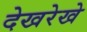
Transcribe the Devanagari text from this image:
देखरेखे